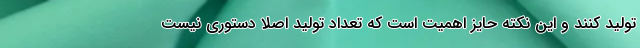
تولید کنند و این نکته حایز اهمیت است که تعداد تولید اصلا دستوری نیست